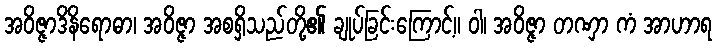
အဝိဇ္ဇာဒိနိရောဓာ၊ အဝိဇ္ဇာ အစရှိသည်တို့၏ ချုပ်ခြင်းကြောင့်။ ဝါ၊ အဝိဇ္ဇာ တဏှာ ကံ အာဟာရ